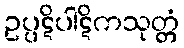
ဥပ္ပဋိပါဋိကသုတ္တံ